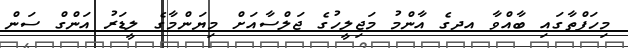
މިހަފްތާގައި ބާއްވާ އދގެ އާންމު މަޖިލީހުގެ ޖަލްސާއަށް މިޔަންމާގެ ލީޑަރު އަންގް ސަން